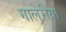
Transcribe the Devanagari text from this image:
गालेरीया